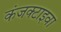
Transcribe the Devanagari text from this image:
कंजक्टाइवा